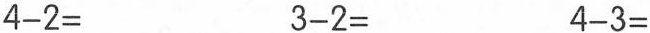
$$4 - 2 =$$$$3 - 2 =$$$$4 - 3 =$$